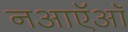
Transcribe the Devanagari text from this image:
नआऍऑ